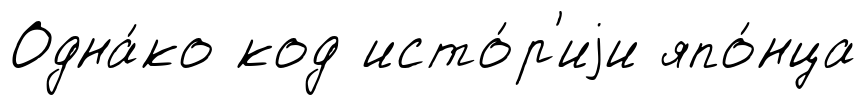
Одна́ко код исто́р'иjи япо́нца